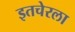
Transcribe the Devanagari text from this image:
इतचेरला